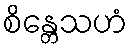
စိန္တေသဟံ